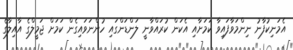
އެމަނިކުފާނު ނިންމަވާފައިވާ ކަމަށާއި އެކަން ކުރައްވާނީ ލަންޑަންގައި ހުންނަވައިގެން ކަމަށް ޖަމީލްގެ އާއިލާގެ